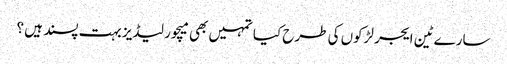
سارے ٹین ایجر لڑکوں کی طرح کیا تمہیں بھی میچور لیڈیز بہت پسند ہیں ؟